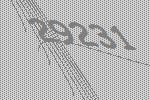
29231